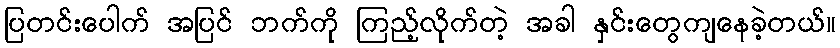
ပြတင်းပေါက် အပြင် ဘက်ကို ကြည့်လိုက်တဲ့ အခါ နှင်းတွေကျနေခဲ့တယ်။